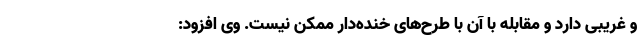
و غریبی دارد و مقابله با آن با طرح‌های خنده‌دار ممکن نیست. وی افزود: